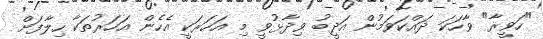
"ހަވީރާ" ވާހަކަ ދައްކަވަމުން އަދީބު ވިދާޅުވީ މި އަހަރަކީ އެހެން އަހަރުތަކާ ހިލާފަށް